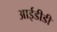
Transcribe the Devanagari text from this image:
आईडीडी